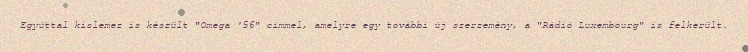
Egyúttal kislemez is készült "Omega '56" címmel, amelyre egy további új szerzemény, a "Rádió Luxembourg" is felkerült.